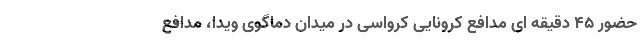
حضور 45 دقیقه ای مدافع کرونایی کرواسی در میدان دماگوی ویدا، مدافع